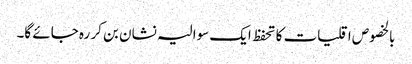
بالخصوص اقلیات کا تحفظ ایک سوالیہ نشان بن کر رہ جائے گا۔